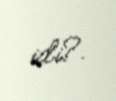
idi?.